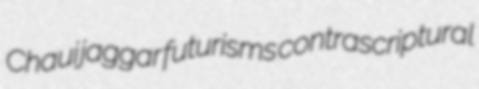
Chaui jaggar futurisms contrascriptural